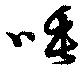
唾